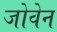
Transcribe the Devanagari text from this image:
जोवेन